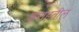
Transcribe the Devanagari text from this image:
शराहतील